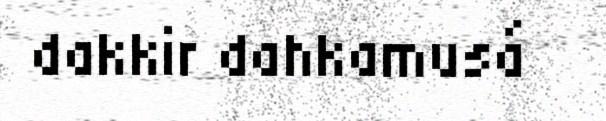
dakkir dahkamusá